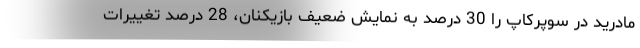
مادرید در سوپرکاپ را 30 درصد به نمایش ضعیف بازیکنان، 28 درصد تغییرات